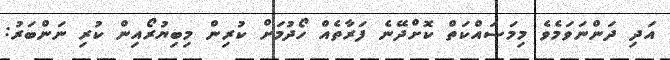
އަދި ދަންނަވަމެވެ މިމަސައްކަތް ކޮށްދޭނެ ފަރާތެއް ހޯދުމަށް ކުރިން މިބިޔުރޯއިން ކުރި ނަންބަރު: